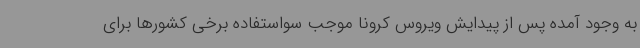
به وجود آمده پس از پیدایش ویروس کرونا موجب سواستفاده برخی کشورها برای